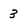
Character: 3